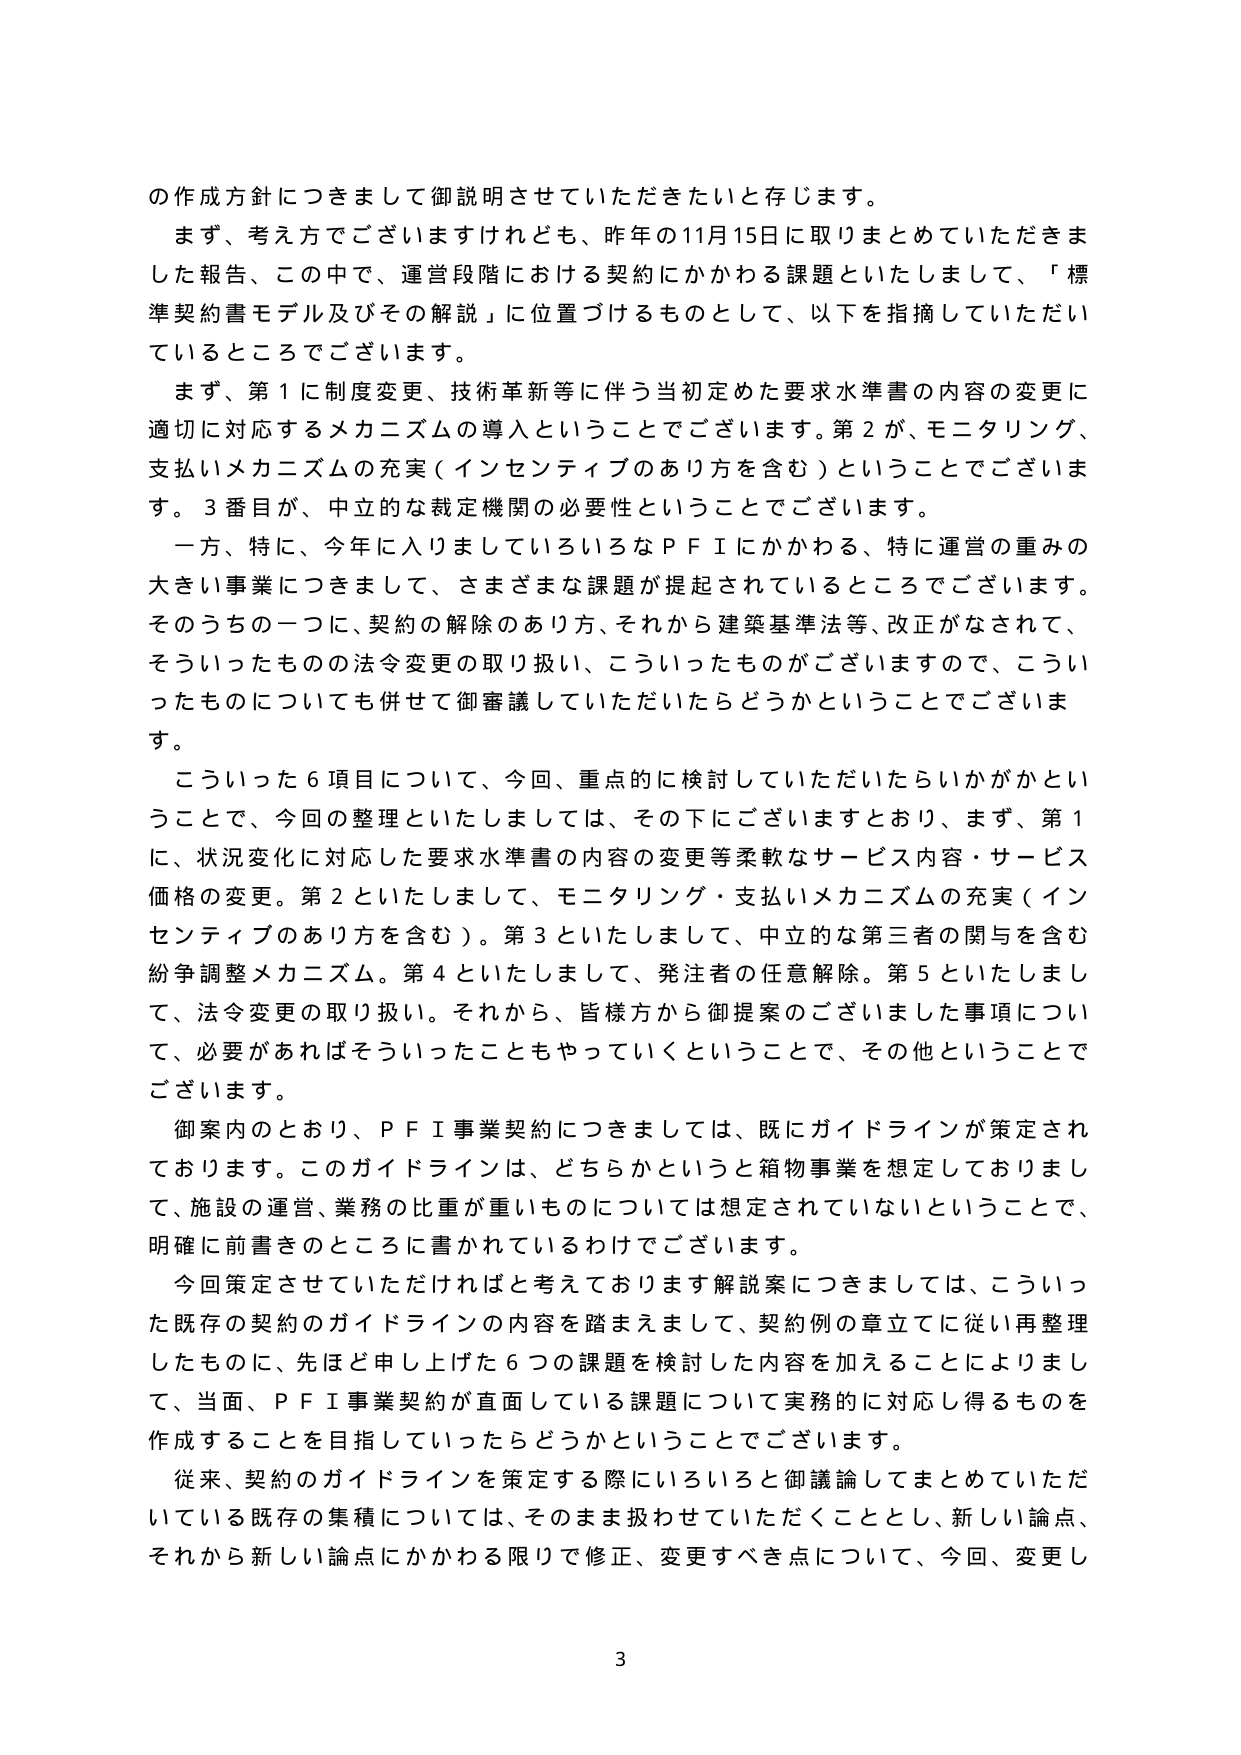
の作成方針につきまして御説明させていただきたいと存じます。
まず、考え方でございますけれども、昨年の11月15日に取りまとめていただきました報告、この中で、運営段階における契約にかかわる課題といたしまして、「標準契約書モデル及びその解説」に位置づけるものとして、以下を指摘していただいているところでございます。
まず、第1に制度変更、技術革新等に伴う当初定めた要求水準書の内容の変更に適切に対応するメカニズムの導入ということでございます。第2が、モニタリング、支払いメカニズムの充実（インセンティブのあり方を含む）ということでございます。3番目が、中立的な裁定機関の必要性ということでございます。
一方、特に、今年に入りましていろいろなＰＦＩにかかわる、特に運営の重みの大きい事業につきまして、さまざまな課題が提起されているところでございます。そのうちの一つに、契約の解除のあり方、それから建築基準法等、改正がなされて、そういったものの法令変更の取り扱い、こういったものがございますので、こういったものについても併せて御審議していただいたらどうかということでございます。
こういった6項目について、今回、重点的に検討していただいたらいかがかということで、今回の整理といたしましては、その下にございますとおり、まず、第1に、状況変化に対応した要求水準書の内容の変更等柔軟なサービス内容・サービス価格の変更。第2といたしまして、モニタリング・支払いメカニズムの充実（インセンティブのあり方を含む）。第3といたしまして、中立的な第三者の関与を含む紛争調整メカニズム。第4といたしまして、発注者の任意解除。第5といたしまして、法令変更の取り扱い。それから、皆様方から御提案のございました事項について、必要があればそういったこともやっていくということで、その他ということでございます。
御案内のとおり、ＰＦＩ事業契約につきましては、既にガイドラインが策定されております。このガイドラインは、どちらかというと箱物事業を想定しておりまして、施設の運営、業務の比重が重いものについては想定されていないということで、明確に前書きのところに書かれているわけでございます。
今回策定させていただければと考えております解説案につきましては、こういった既存の契約のガイドラインの内容を踏まえまして、契約例の章立てに従い再整理したものに、先ほど申し上げた6つの課題を検討した内容を加えることによりまして、当面、ＰＦＩ事業契約が直面している課題について実務的に対応し得るものを作成することを目指していったらどうかということでございます。
従来、契約のガイドラインを策定する際にいろいろと御議論してまとめていただいている既存の集積については、そのまま扱わせていただくこととし、新しい論点、それから新しい論点にかかわる限りで修正、変更すべき点について、今回、変更し
3